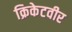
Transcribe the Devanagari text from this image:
क्रिकेटवीर